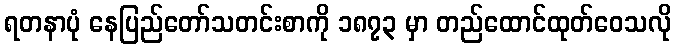
ရတနာပုံ နေပြည်တော်သတင်းစာကို ၁၈၇၃ မှာ တည်ထောင်ထုတ်ဝေသလို